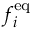
f _ { i } ^ { \mathrm { e q } }